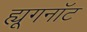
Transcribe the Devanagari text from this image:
ह्यूगनॉट